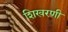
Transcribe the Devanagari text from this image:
शिखरणी